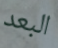
البعد